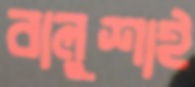
বালুশাই